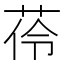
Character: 𦰐